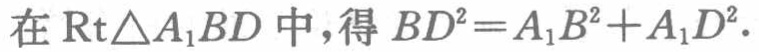
在$\text{Rt}\triangle A_{1}BD$中,得$BD^{2}=A_{1}B^{2}+A_{1}D^{2}$.